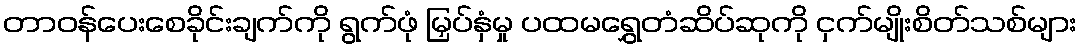
တာဝန်ပေးစေခိုင်းချက်ကို ရွက်ဖုံ မြှပ်နှံမှု ပထမရွှေတံဆိပ်ဆုကို ငှက်မျိုးစိတ်သစ်များ